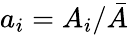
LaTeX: a_{i}=A_{i}/\bar{A}